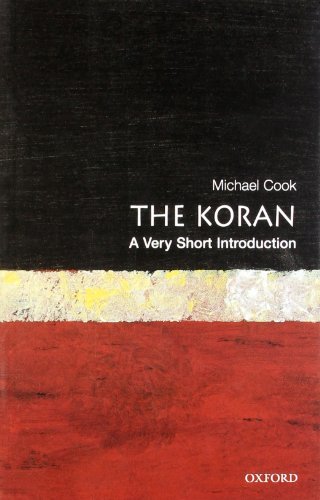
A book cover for The Koran: A Very Short Introduction; Michael Cook; Religion & Spirituality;